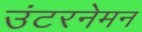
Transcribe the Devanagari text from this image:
उंटरनेमन